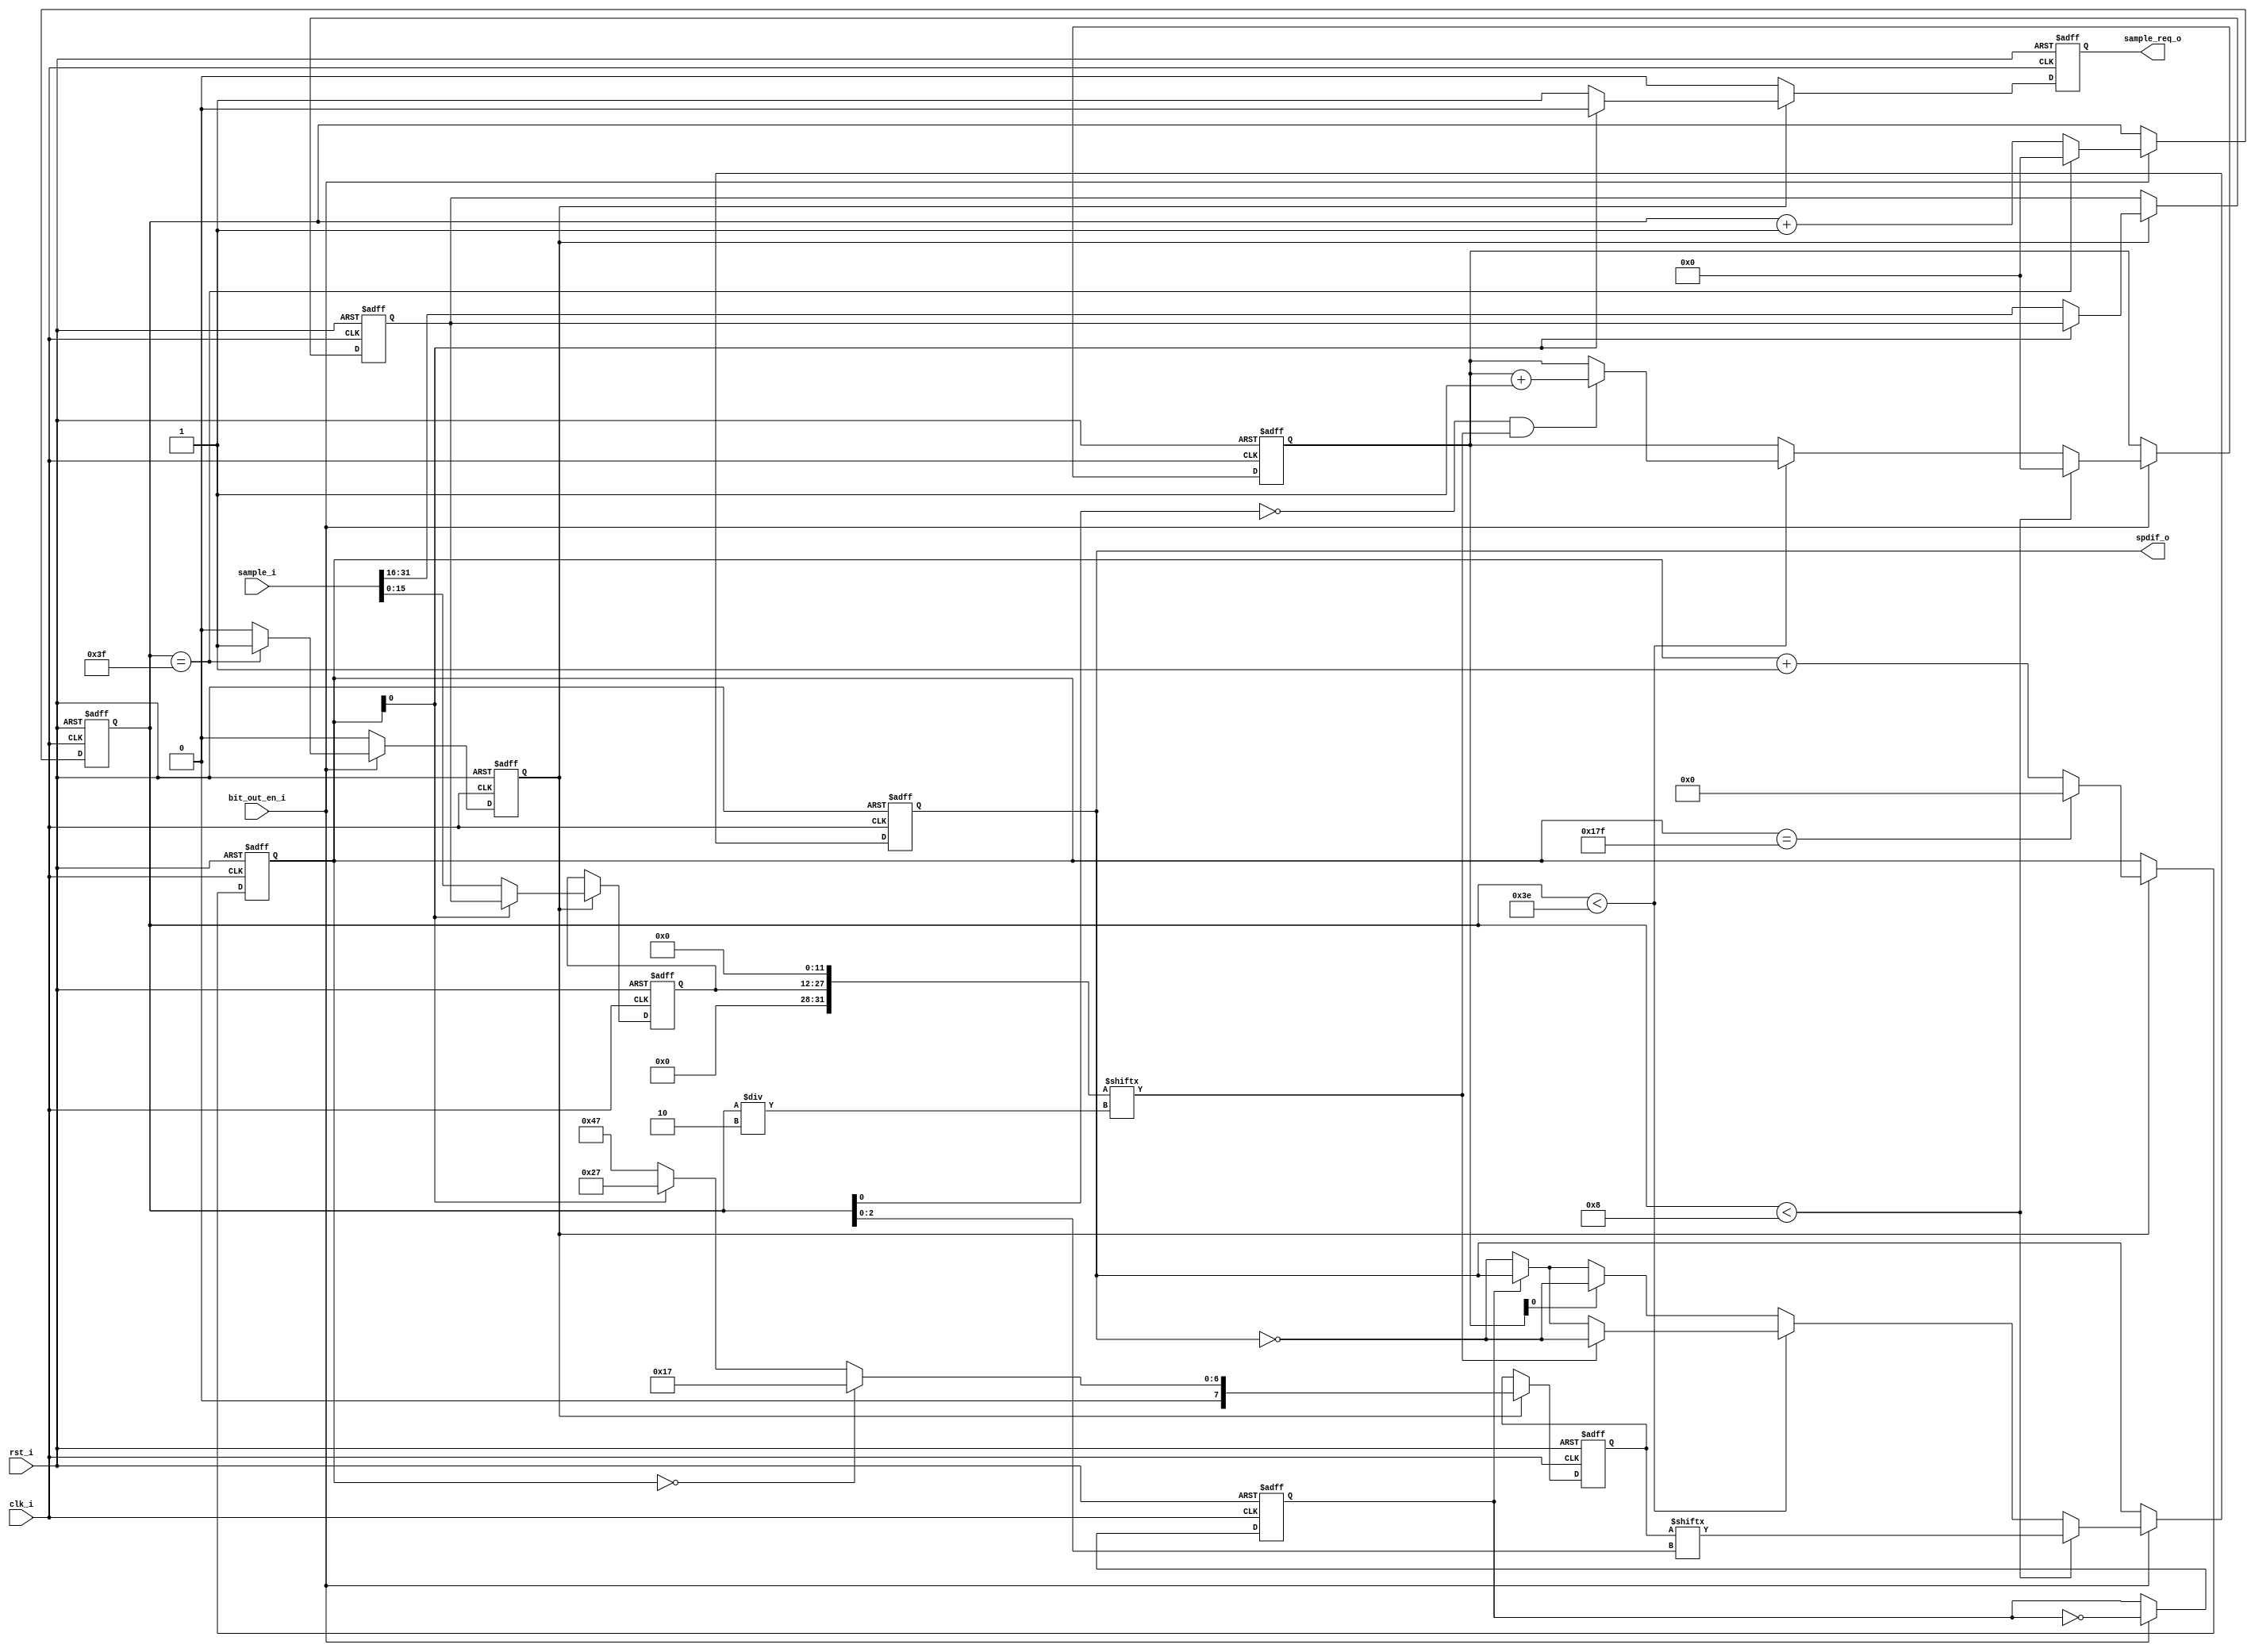
// This program was cloned from: https://github.com/ultraembedded/core_audio
// License: GNU General Public License v2.0

//-----------------------------------------------------------------
//                      Audio Controller
//                           V0.1
//                     Ultra-Embedded.com
//                     Copyright 2012-2019
//
//
//                         License: GPL
// If you would like a version with a more permissive license for
// use in closed source commercial applications please contact me
// for details.
//-----------------------------------------------------------------
//
// This file is open source HDL; you can redistribute it and/or 
// modify it under the terms of the GNU General Public License as 
// published by the Free Software Foundation; either version 2 of 
// the License, or (at your option) any later version.
//
// This file is distributed in the hope that it will be useful,
// but WITHOUT ANY WARRANTY; without even the implied warranty of
// MERCHANTABILITY or FITNESS FOR A PARTICULAR PURPOSE.  See the
// GNU General Public License for more details.
//
// You should have received a copy of the GNU General Public 
// License along with this file; if not, write to the Free Software
// Foundation, Inc., 59 Temple Place, Suite 330, Boston, MA 02111-1307
// USA
//-----------------------------------------------------------------

//-----------------------------------------------------------------
//                          Generated File
//-----------------------------------------------------------------
//-----------------------------------------------------------------
//                        SPDIF Transmitter
//                              V0.1
//                        Ultra-Embedded.com
//                          Copyright 2012
//
//
//                         License: GPL
// If you would like a version with a more permissive license for
// use in closed source commercial applications please contact me
// for details.
//-----------------------------------------------------------------
//
// This file is open source HDL; you can redistribute it and/or 
// modify it under the terms of the GNU General Public License as 
// published by the Free Software Foundation; either version 2 of 
// the License, or (at your option) any later version.
//
// This file is distributed in the hope that it will be useful,
// but WITHOUT ANY WARRANTY; without even the implied warranty of
// MERCHANTABILITY or FITNESS FOR A PARTICULAR PURPOSE.  See the
// GNU General Public License for more details.
//
// You should have received a copy of the GNU General Public 
// License along with this file; if not, write to the Free Software
// Foundation, Inc., 59 Temple Place, Suite 330, Boston, MA 02111-1307
// USA
//-----------------------------------------------------------------
module spdif_core
(
    input           clk_i,
    input           rst_i,

    // SPDIF bit output enable
    // Single cycle pulse synchronous to clk_i which drives
    // the output bit rate.
    // For 44.1KHz, 44100x32x2x2 = 5,644,800Hz
    // For 48KHz,   48000x32x2x2 = 6,144,000Hz
    input           bit_out_en_i,

    // Output
    output          spdif_o,

    // Audio interface (16-bit x 2 = RL)
    input [31:0]    sample_i,
    output reg      sample_req_o
);

//-----------------------------------------------------------------
// Registers
//-----------------------------------------------------------------
reg [15:0]  audio_sample_q;
reg [8:0]   subframe_count_q;

reg         load_subframe_q;
reg [7:0]   preamble_q;
wire [31:0] subframe_w;

reg [5:0]   bit_count_q;
reg         bit_toggle_q;

// Xilinx: Place output flop in IOB
//synthesis attribute IOB of spdif_out_q is "TRUE"
reg         spdif_out_q;

reg [5:0]   parity_count_q;

//-----------------------------------------------------------------
// Subframe Counter
//-----------------------------------------------------------------
always @ (posedge rst_i or posedge clk_i )
begin
    if (rst_i == 1'b1)
        subframe_count_q    <= 9'd0;
    else if (load_subframe_q)
    begin
        // 192 frames (384 subframes) in an audio block
        if (subframe_count_q == 9'd383)
            subframe_count_q <= 9'd0;
        else
            subframe_count_q <= subframe_count_q + 9'd1;
    end
end

//-----------------------------------------------------------------
// Sample capture
//-----------------------------------------------------------------
reg [15:0] sample_buf_q;

always @ (posedge rst_i or posedge clk_i )
begin
   if (rst_i == 1'b1)
   begin
        audio_sample_q      <= 16'h0000;
        sample_buf_q        <= 16'h0000;
        sample_req_o        <= 1'b0;
   end
   else if (load_subframe_q)
   begin
        // Start of frame (first subframe)?
        if (subframe_count_q[0] == 1'b0)
        begin
            // Use left sample
            audio_sample_q <= sample_i[15:0];

            // Store right sample
            sample_buf_q <= sample_i[31:16];

            // Request next sample
            sample_req_o <= 1'b1;
        end
        else
        begin
            // Use right sample
            audio_sample_q <= sample_buf_q;

            sample_req_o <= 1'b0;
        end
   end
   else
        sample_req_o <= 1'b0;
end

// Timeslots 3 - 0 = Preamble
assign subframe_w[3:0] = 4'b0000;

// Timeslots 7 - 4 = 24-bit audio LSB
assign subframe_w[7:4] = 4'b0000;

// Timeslots 11 - 8 = 20-bit audio LSB
assign subframe_w[11:8] = 4'b0000;

// Timeslots 27 - 12 = 16-bit audio
assign subframe_w[27:12] = audio_sample_q;

// Timeslots 28 = Validity
assign subframe_w[28] = 1'b0; // Valid

// Timeslots 29 = User bit
assign subframe_w[29] = 1'b0;

// Timeslots 30 = Channel status bit
assign subframe_w[30] = 1'b0;

// Timeslots 31 = Even Parity bit (31:4)
assign subframe_w[31] = 1'b0;

//-----------------------------------------------------------------
// Preamble
//-----------------------------------------------------------------
localparam PREAMBLE_Z = 8'b00010111;
localparam PREAMBLE_Y = 8'b00100111;
localparam PREAMBLE_X = 8'b01000111;

reg [7:0] preamble_r;

always @ *
begin
    // Start of audio block?
    // Z(B) - Left channel
    if (subframe_count_q == 9'd0)
        preamble_r = PREAMBLE_Z; // Z(B)
    // Right Channel?
    else if (subframe_count_q[0] == 1'b1)
        preamble_r = PREAMBLE_Y; // Y(W)
    // Left Channel (but not start of block)?
    else
        preamble_r = PREAMBLE_X; // X(M)
end

always @ (posedge rst_i or posedge clk_i )
if (rst_i == 1'b1)
    preamble_q  <= 8'h00;
else if (load_subframe_q)
    preamble_q  <= preamble_r;

//-----------------------------------------------------------------
// Parity Counter
//-----------------------------------------------------------------
always @ (posedge rst_i or posedge clk_i )
begin
   if (rst_i == 1'b1)
   begin
        parity_count_q  <= 6'd0;
   end
   // Time to output a bit?
   else if (bit_out_en_i)
   begin
        // Preamble bits?
        if (bit_count_q < 6'd8)
        begin
            parity_count_q  <= 6'd0;
        end
        // Normal timeslots
        else if (bit_count_q < 6'd62)
        begin
            // On first pass through this timeslot, count number of high bits
            if (bit_count_q[0] == 0 && subframe_w[bit_count_q / 2] == 1'b1)
                parity_count_q <= parity_count_q + 6'd1;
        end
   end
end

//-----------------------------------------------------------------
// Bit Counter
//-----------------------------------------------------------------
always @ (posedge rst_i or posedge clk_i)
begin
    if (rst_i == 1'b1)
    begin
        bit_count_q     <= 6'b0;
        load_subframe_q <= 1'b1;
    end
    // Time to output a bit?
    else if (bit_out_en_i)
    begin
        // 32 timeslots (x2 for double frequency)
        if (bit_count_q == 6'd63)
        begin
            bit_count_q     <= 6'd0;
            load_subframe_q <= 1'b1;
        end
        else
        begin
            bit_count_q     <= bit_count_q + 6'd1;
            load_subframe_q <= 1'b0;
        end
    end
    else
        load_subframe_q <= 1'b0;
end

//-----------------------------------------------------------------
// Bit half toggle
//-----------------------------------------------------------------
always @ (posedge rst_i or posedge clk_i)
if (rst_i == 1'b1)
    bit_toggle_q    <= 1'b0;
// Time to output a bit?
else if (bit_out_en_i)
    bit_toggle_q <= ~bit_toggle_q;

//-----------------------------------------------------------------
// Output bit (BMC encoded)
//-----------------------------------------------------------------
reg bit_r;

always @ *
begin
    bit_r = spdif_out_q;

    // Time to output a bit?
    if (bit_out_en_i)
    begin
        // Preamble bits?
        if (bit_count_q < 6'd8)
        begin
            bit_r = preamble_q[bit_count_q[2:0]];
        end
        // Normal timeslots
        else if (bit_count_q < 6'd62)
        begin
            if (subframe_w[bit_count_q / 2] == 1'b0)
            begin
                if (bit_toggle_q == 1'b0)
                    bit_r = ~spdif_out_q;
                else
                    bit_r = spdif_out_q;
            end
            else
                bit_r = ~spdif_out_q;
        end
        // Parity timeslot
        else
        begin
            // Even number of high bits, make odd
            if (parity_count_q[0] == 1'b0)
            begin
                if (bit_toggle_q == 1'b0)
                    bit_r = ~spdif_out_q;
                else
                    bit_r = spdif_out_q;
            end
            else
                bit_r = ~spdif_out_q;
        end
    end
end

always @ (posedge rst_i or posedge clk_i )
if (rst_i == 1'b1)
    spdif_out_q <= 1'b0;
else
    spdif_out_q <= bit_r;

assign spdif_o  = spdif_out_q;

endmodule